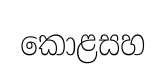
කොළසහ